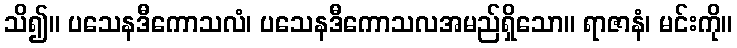
သိ၍။ ပသေနဒီကောသလံ၊ ပသေနဒီကောသလအမည်ရှိသော။ ရာဇာနံ၊ မင်းကို။